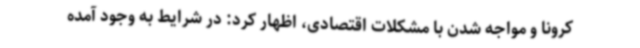
کرونا و مواجه شدن با مشکلات اقتصادی، اظهار کرد: در شرایط به وجود آمده